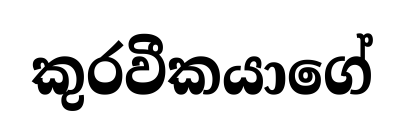
කුරවීකයාගේ